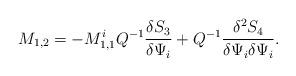
LaTeX: \begin{align*}M_{1,2} = - M^i_{1,1} Q^{-1} \frac{\delta S_3}{\delta\Psi_i} +Q^{-1}\frac{\delta^2 S_4}{\delta\Psi_i \delta\Psi_i}.\end{align*}